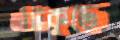
আঁটকুড়ে